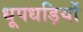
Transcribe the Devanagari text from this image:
धूपधड़ियों